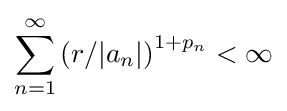
\sum _{n=1}^{\infty }\left(r/|a_{n}|\right)^{1+p_{n}}<\infty